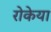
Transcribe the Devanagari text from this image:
रोकेया